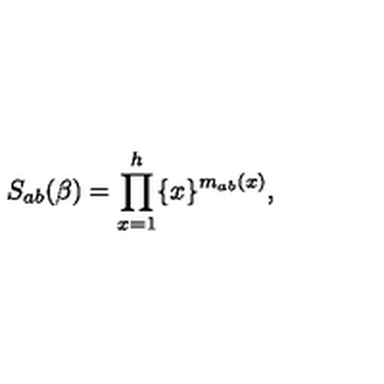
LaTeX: S _ { a b } ( \beta ) = \prod _ { x = 1 } ^ { h } \{ x \} ^ { m _ { a b } ( x ) } ,